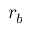
r _ { b }